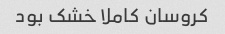
کروسان کاملا خشک بود